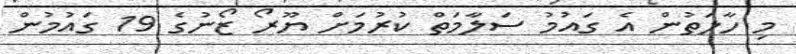
މި ހާލަތުން އެ ގައުމު ސަލާމަތް ކުރުމަށް ޔޫރޯ ޒޯނުގެ 19 ގައުމުން